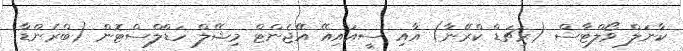
ކާނަލް ވޯލްޓާސް (ރިޗަޑް ކްރޭނާ) އާއި ސީއައިއޭ އޭޖެންޓް މިޝޭލް ހަޑްލްސްޓޮން (ބްރެންޑާ